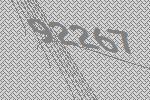
92267